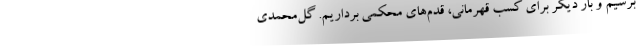
برسیم و بار دیگر برای کسب قهرمانی، قدم‌های محکمی برداریم. گل‌محمدی